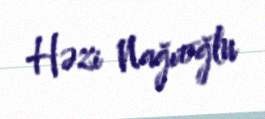
Həzi Nağıoğlu